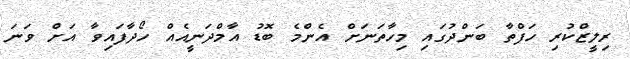
ރިލީޒްކުރި ހަފްތާ ބަންދުގައި މިހާތަނަށް އެންމެ ބޮޑު އާމްދަނީއެއް ހޯދާފައިވާ އަށް ވަނަ